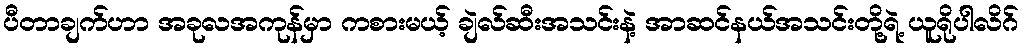
ပီတာချက်ဟာ အခုလအကုန်မှာ ကစားမယ့် ချဲလ်ဆီးအသင်းနဲ့ အာဆင်နယ်အသင်းတို့ရဲ့ ယူရိုပါလိဂ်